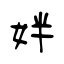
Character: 姅